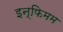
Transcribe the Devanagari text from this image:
इन्फिमम